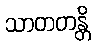
သာတတန္တိ